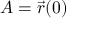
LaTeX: A = { \vec { r } } ( 0 )